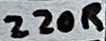
Text: 220R